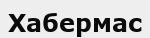
Хабермас